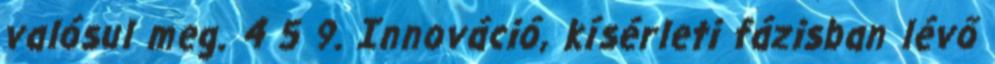
valósul meg. 4 5 9. Innováció, kísérleti fázisban lévő